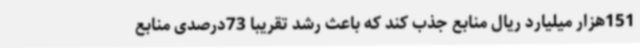
151هزار میلیارد ریال منابع جذب کند که باعث رشد تقریباً 73درصدی منابع